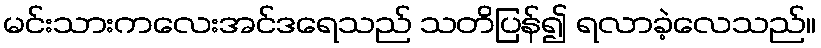
မင်းသားကလေးအင်ဒရေသည် သတိပြန်၍ ရလာခဲ့လေသည်။